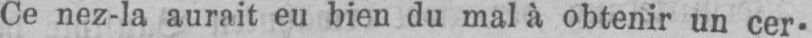
Ce nez-la aurait eu bien du mal à obtenir un cer-